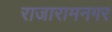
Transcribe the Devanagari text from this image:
राजारामनगर